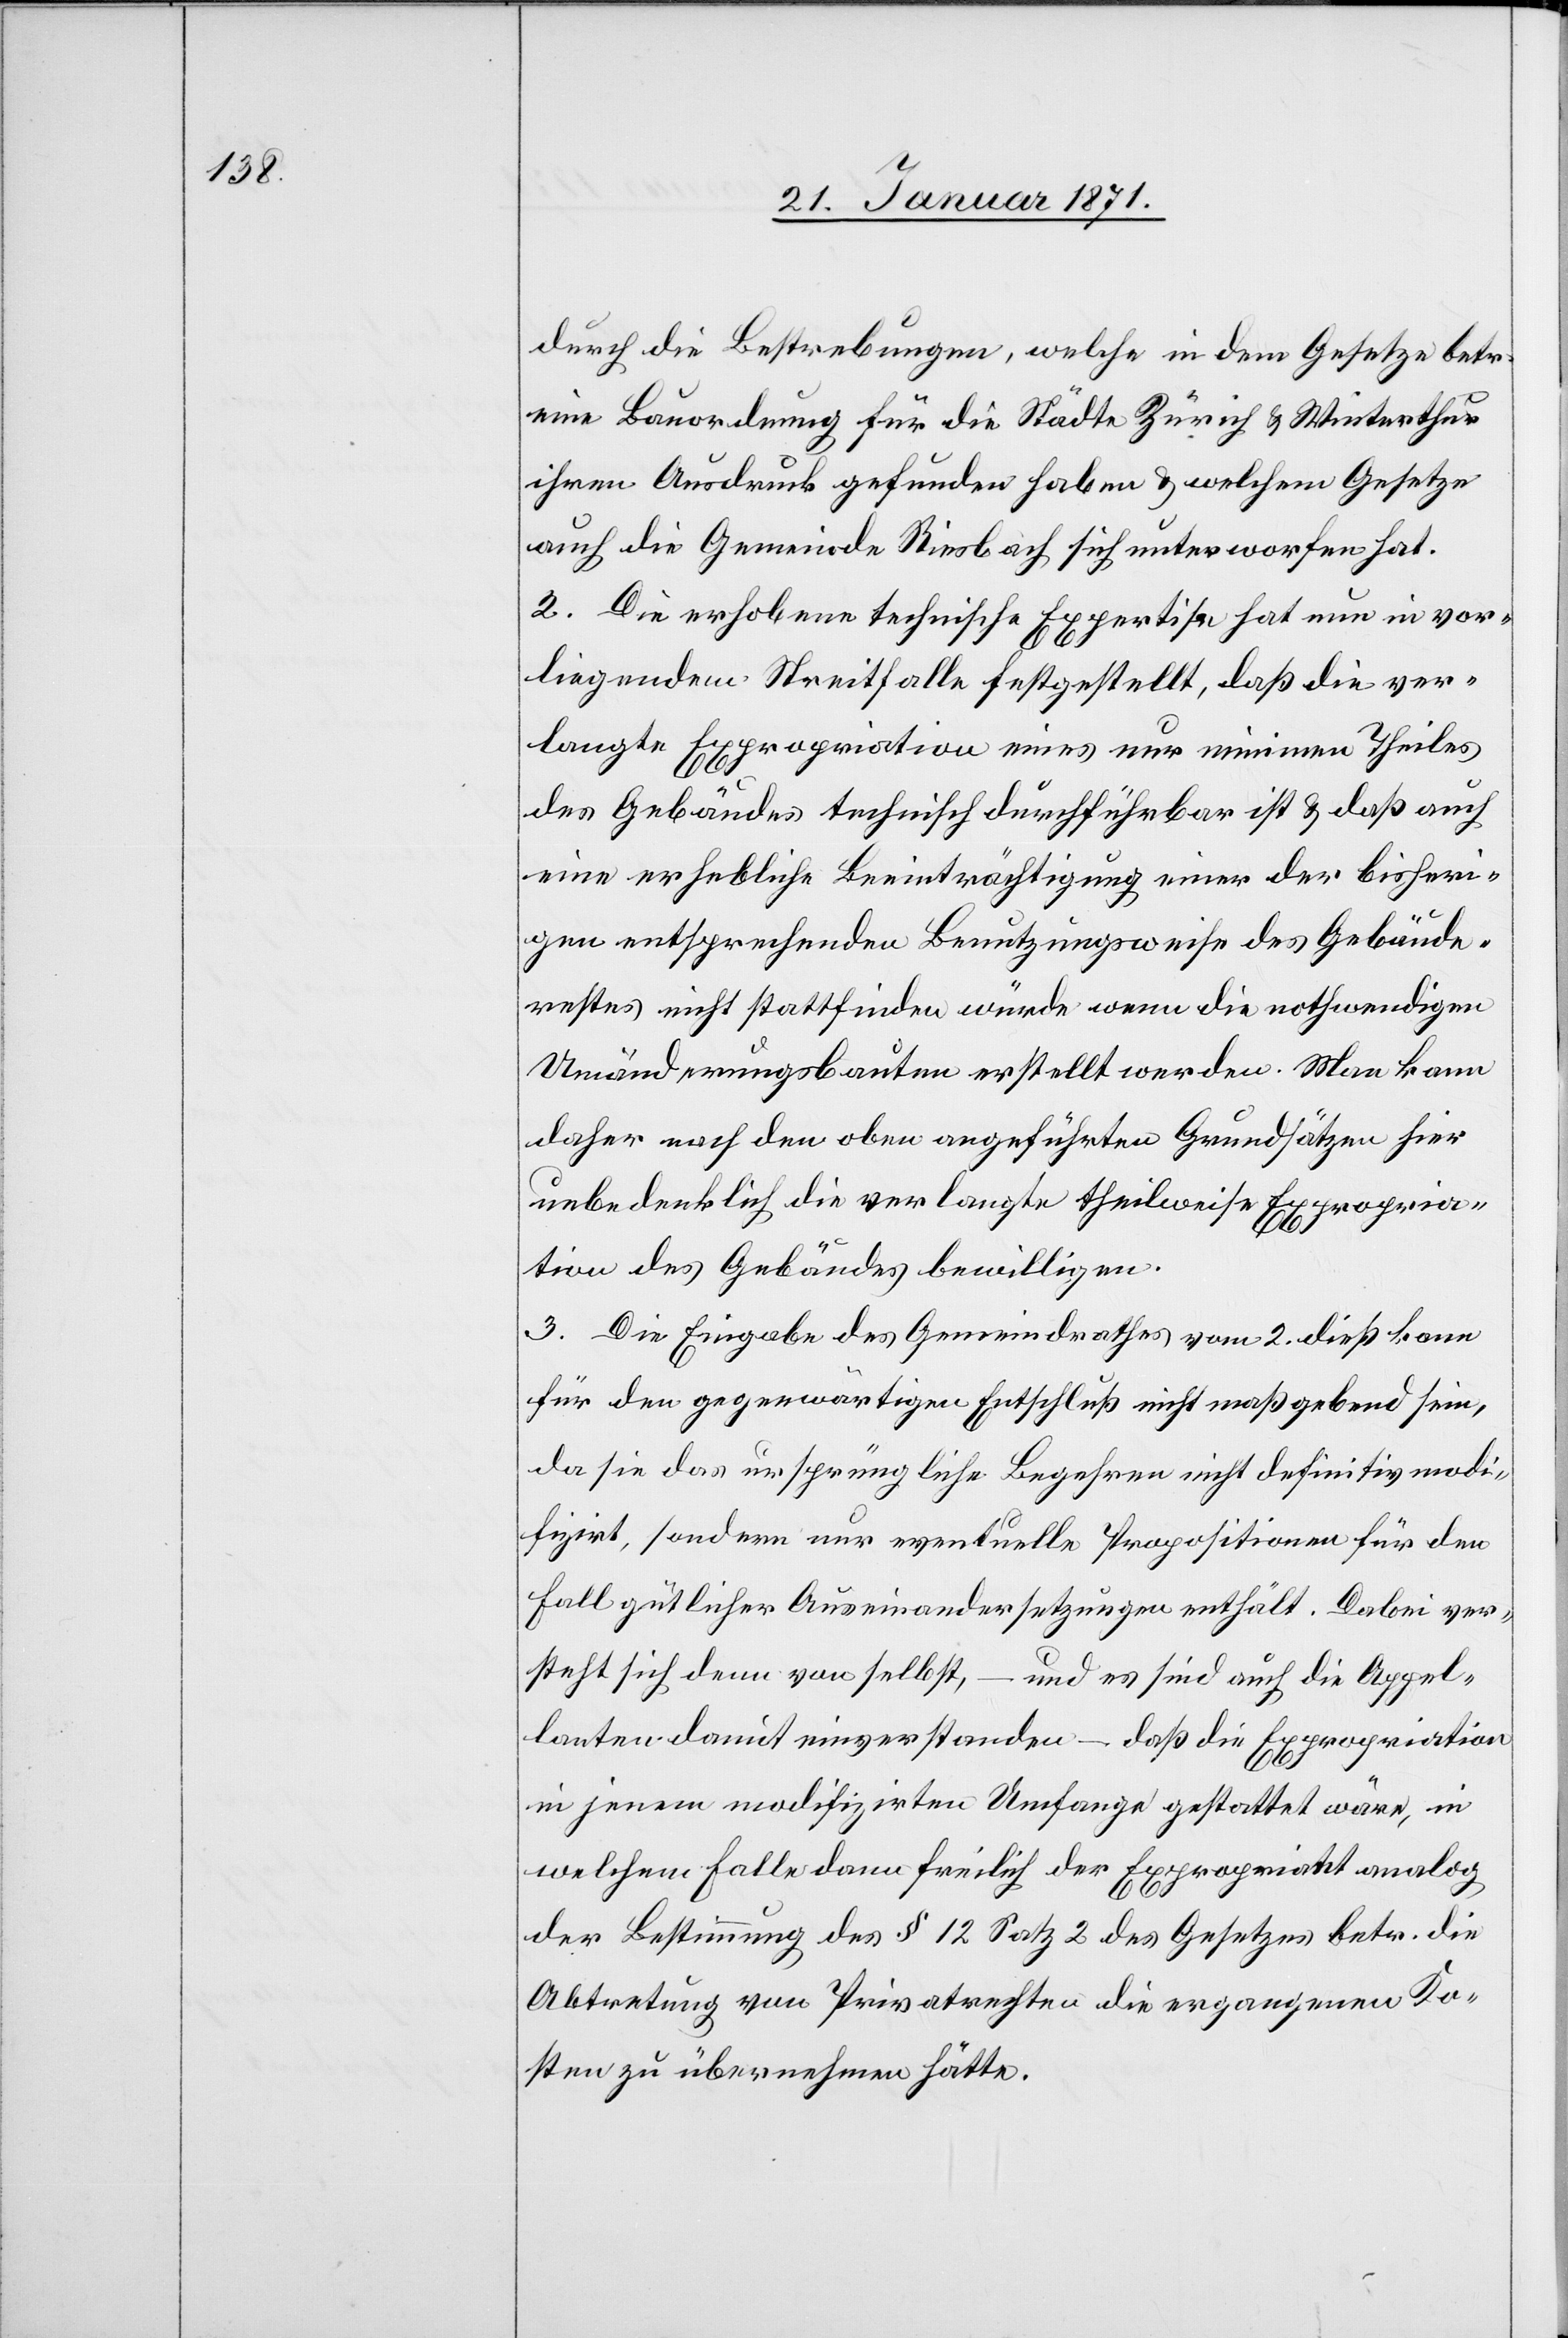
durch die Bestrebungen, welche in dem Gesetze betr.
eine Bauordnung für die Städte Zürich u. Winterthur
ihren Ausdruck gefunden haben u. welchem Gesetze
auch die Gemeinde Riesbach sich unterworfen hat.
2. Die erhobene technische Expertise hat nun in vor¬
liegendem Streitfalle festgestellt, daß die ver¬
langte Expropriation eines nur minimen Theiles
des Gebäudes technisch durchführbar ist u. daß auch
eine erhebliche Beeinträchtigung einer der bisheri¬
gen entsprechenden Benutzungsweise des Gebäude¬
restes nicht stattfinden würde wenn die nothwendigen
Umänderungsbauten erstellt werden. Man kann
daher nach den oben angeführten Grundsätzen hier
unbedenklich die verlangte theilweise Expropria¬
tion des Gebäudes bewilligen.
3. Die Eingabe des Gemeindrathes vom 2. dieß kann
für den gegenwärtigen Entschluß nicht maßgebend sein,
da sie das ursprüngliche Begehren nicht definitiv modi¬
fizirt, sondern nur eventuelle Propositionen für den
Fall gütlicher Auseinandersetzung enthält. Dabei ver¬
steht sich denn von selbst, – und es sind auch die Appel¬
lanten damit einverstanden – daß die Expropriation
in jenem modifizirten Umfange gestattet wäre, in
welchem Falle dann freilich der Expropriant analog
der Bestimmung des § 12 Satz 2 des Gesetzes betr. die
Abtretung von Privatrechten die ergangenen Ko¬
sten zu übernehmen hätte.